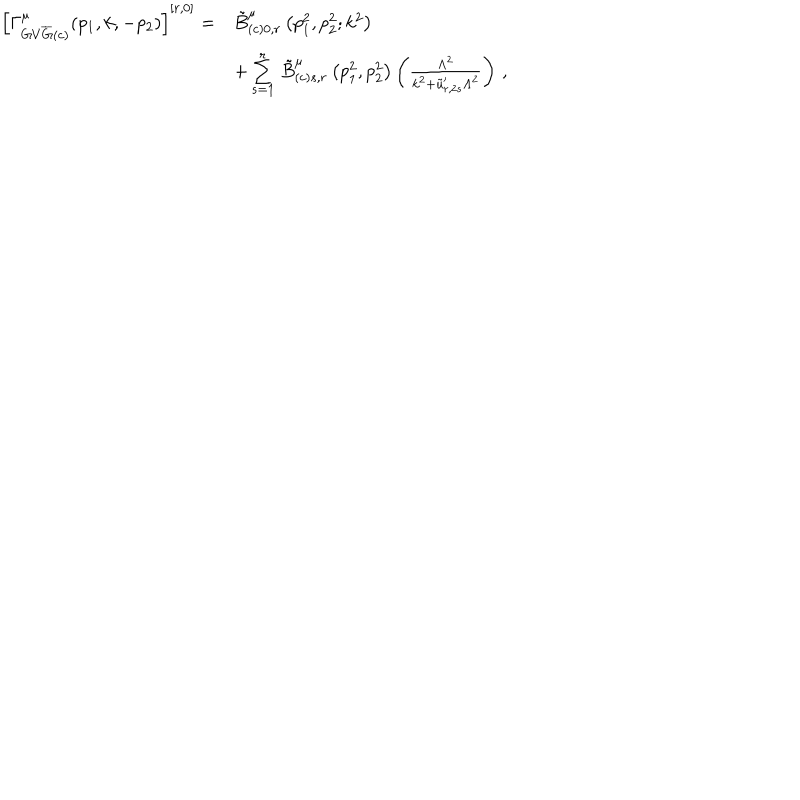
LaTeX: \begin{array} { r l } { { \left[ \Gamma _ { G V { \overline { { { G } } } } ( c ) } ^ { \hspace { 0 . 2 5 c m } \mu } ( p _ { 1 } , k , - p _ { 2 } ) \right] ^ { [ r , 0 ] } = } } & { { \tilde { B } _ { ( c ) 0 , r } ^ { \mu } \left( p _ { 1 } ^ { 2 } , p _ { 2 } ^ { 2 } ; k ^ { 2 } \right) } } \\ { { \mathrm { } } } & { { + \sum _ { s = 1 } ^ { r } \, \tilde { B } _ { ( c ) s , r } ^ { \mu } \left( p _ { 1 } ^ { 2 } , p _ { 2 } ^ { 2 } \right) \left( \frac { \Lambda ^ { 2 } } { k ^ { 2 } + \tilde { u } _ { r , 2 s } ^ { \prime } \Lambda ^ { 2 } } \right) \, , } } \\ \end{array}